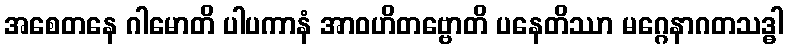
အစေတနေ ဂါမောတိ ပါပကာနံ အာဝဟိတဗ္ဗောတိ ပနေတိဿာ မဂ္ဂေနာဂတသဒ္ဓါ